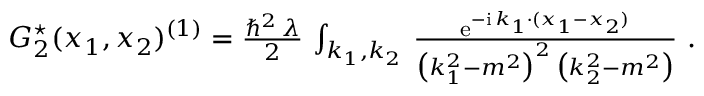
\begin{array} { r } { G _ { 2 } ^ { \star } ( x _ { 1 } , x _ { 2 } ) ^ { ( 1 ) } = \frac { \hbar ^ { 2 } \, \lambda } 2 \, \int _ { k _ { 1 } , k _ { 2 } } \, \frac { { \mathrm { e } } ^ { - { \mathrm { i } } \, k _ { 1 } \cdot ( x _ { 1 } - x _ { 2 } ) } } { \big ( k _ { 1 } ^ { 2 } - m ^ { 2 } \big ) ^ { 2 } \, \big ( k _ { 2 } ^ { 2 } - m ^ { 2 } \big ) } \ . } \end{array}